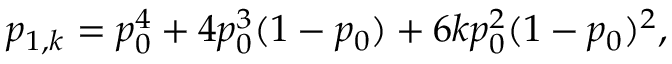
p _ { 1 , k } = p _ { 0 } ^ { 4 } + 4 p _ { 0 } ^ { 3 } ( 1 - p _ { 0 } ) + 6 k p _ { 0 } ^ { 2 } ( 1 - p _ { 0 } ) ^ { 2 } ,